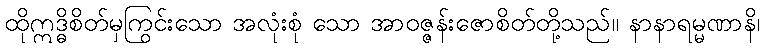
ထိုဣဒ္ဓိစိတ်မှကြွင်းသော အလုံးစုံ သော အာဝဇ္ဇန်းဇောစိတ်တို့သည်။ နာနာရမ္မဏာနိ၊